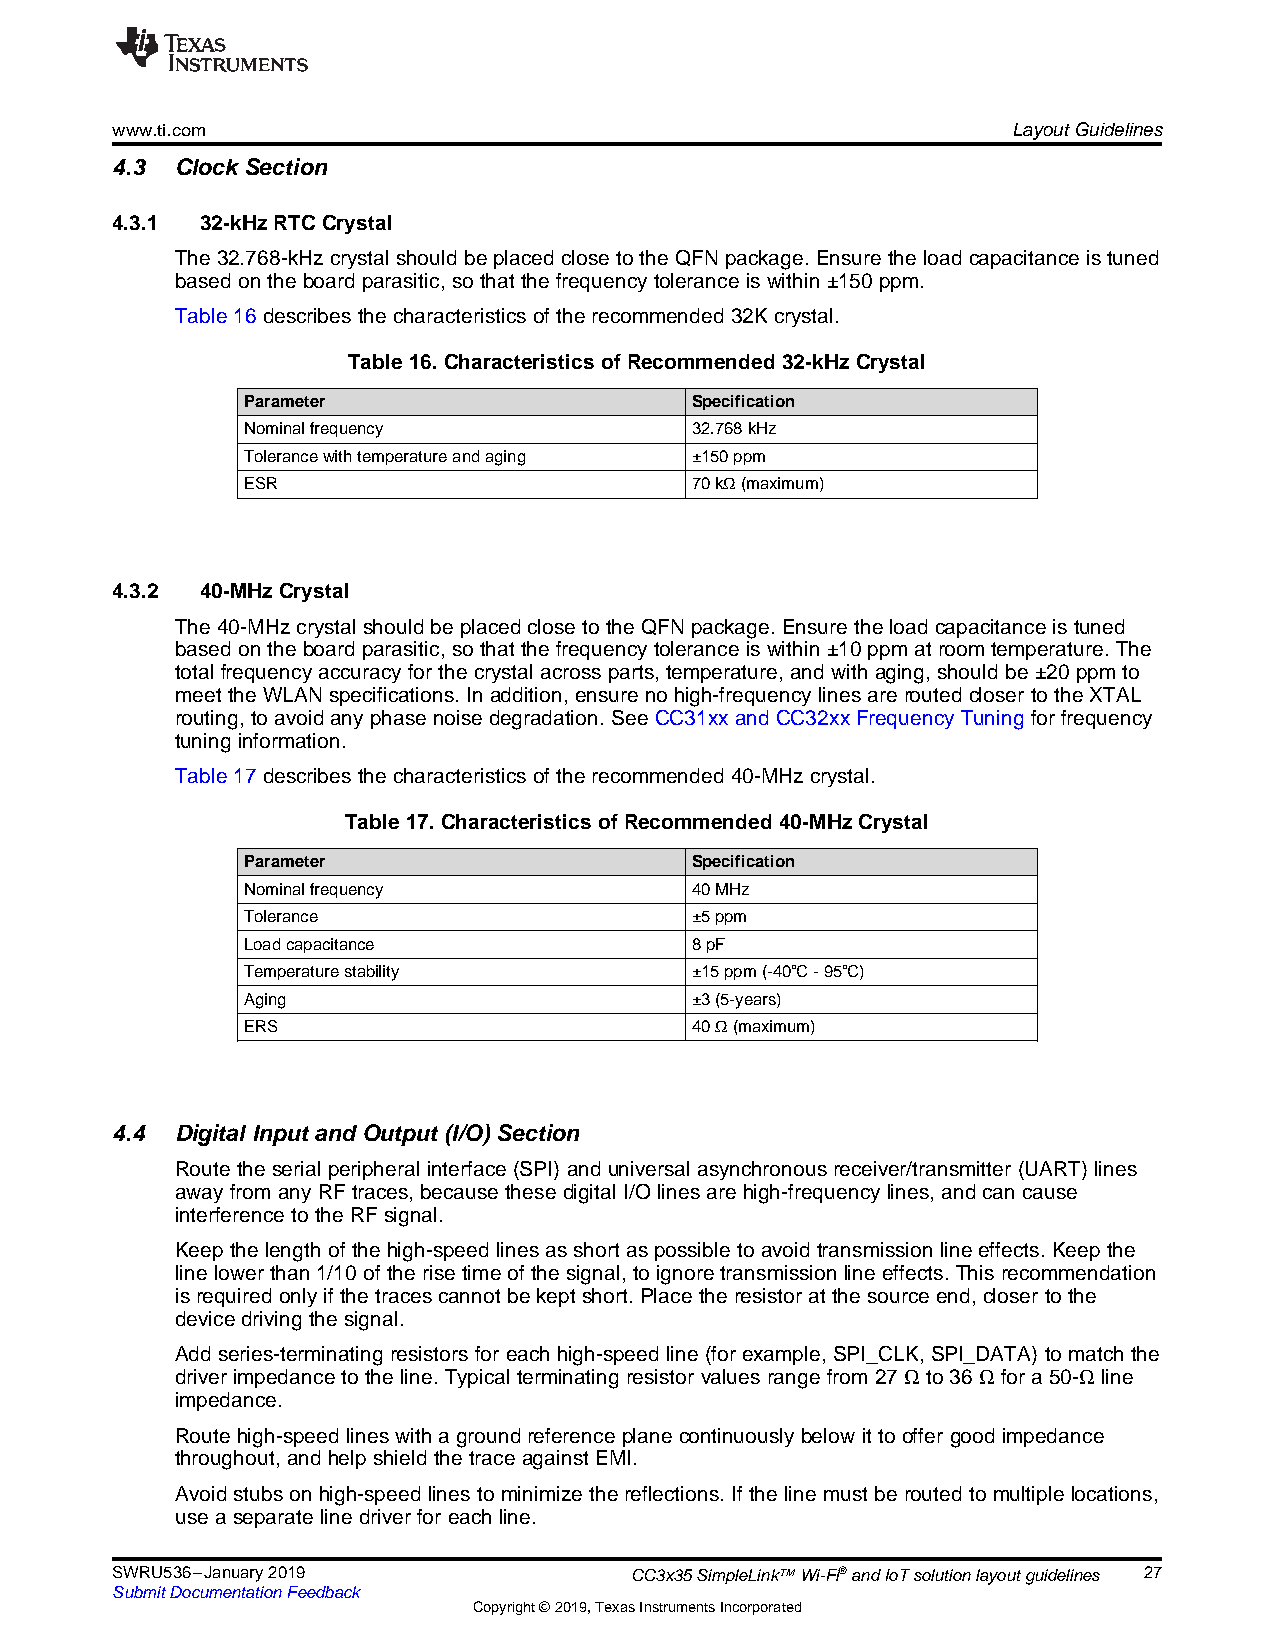
www.ti.com                                                  LayoutGuidelines
 4.3  Clock Section
 4.3.1 32-kHzRTCCrystal
 The32.768-kHzcrystalshouldbeplacedclosetotheQFNpackage.Ensuretheloadcapacitanceistuned
 basedontheboardparasitic,sothatthefrequencytoleranceiswithin ±150ppm.
 Table16describesthecharacteristicsoftherecommended32Kcrystal.
 Table16.CharacteristicsofRecommended32-kHzCrystal
 Parameter                     Specification
 Nominalfrequency              32.768kHz
 Tolerancewithtemperatureandaging ±150ppm
 ESR                           70kΩ(maximum)
 4.3.2 40-MHzCrystal
 The40-MHzcrystalshouldbeplacedclosetotheQFNpackage.Ensuretheloadcapacitanceistuned
 basedontheboardparasitic,sothatthefrequencytoleranceiswithin ±10ppmatroom temperature.The
 totalfrequencyaccuracyforthecrystalacrossparts,temperature,andwithaging, shouldbe ±20ppmto
 meettheWLANspecifications.Inaddition,ensurenohigh-frequencylinesareroutedclosertotheXTAL
 routing,toavoidanyphasenoisedegradation. SeeCC31xxandCC32xxFrequencyTuning for frequency
 tuninginformation.
 Table17describesthecharacteristicsoftherecommended40-MHzcrystal.
 Table17.CharacteristicsofRecommended40-MHzCrystal
 Parameter                     Specification
 Nominalfrequency              40MHz
 Tolerance                     ±5ppm
 Loadcapacitance               8pF
 Temperaturestability          ±15ppm(-40℃-95℃)
 Aging                         ±3(5-years)
 ERS                           40Ω(maximum)
 4.4  Digital Input and Output (I/O) Section
 Routetheserialperipheralinterface(SPI)anduniversalasynchronousreceiver/transmitter (UART)lines
 awayfromanyRFtraces,becausethesedigitalI/Olinesarehigh-frequencylines,andcancause
 interferencetotheRFsignal.
 Keepthelengthofthehigh-speedlinesasshort aspossibletoavoidtransmissionlineeffects.Keepthe
 linelowerthan1/10oftherisetimeofthesignal,toignoretransmissionlineeffects.Thisrecommendation
 isrequiredonlyifthetracescannotbekeptshort.Placetheresistoratthesourceend,closer to the
 devicedrivingthesignal.
 Addseries-terminatingresistorsforeachhigh-speedline(forexample,SPI_CLK,SPI_DATA)tomatch the
 driverimpedancetotheline.Typicalterminatingresistorvaluesrangefrom27Ω to36Ω for a50-Ω line
 impedance.
 Routehigh-speedlineswithagroundreferenceplanecontinuouslybelowittooffergoodimpedance
 throughout,andhelpshieldthetraceagainstEMI.
 Avoidstubsonhigh-speedlinestominimizethereflections.If thelinemust beroutedtomultiplelocations,
 useaseparatelinedriverforeachline.
 SWRU536–January2019                CC3x35SimpleLink™Wi-Fi®andIoTsolutionlayoutguidelines 27
 SubmitDocumentationFeedback
 Copyright©2019,TexasInstrumentsIncorporated